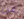
عن